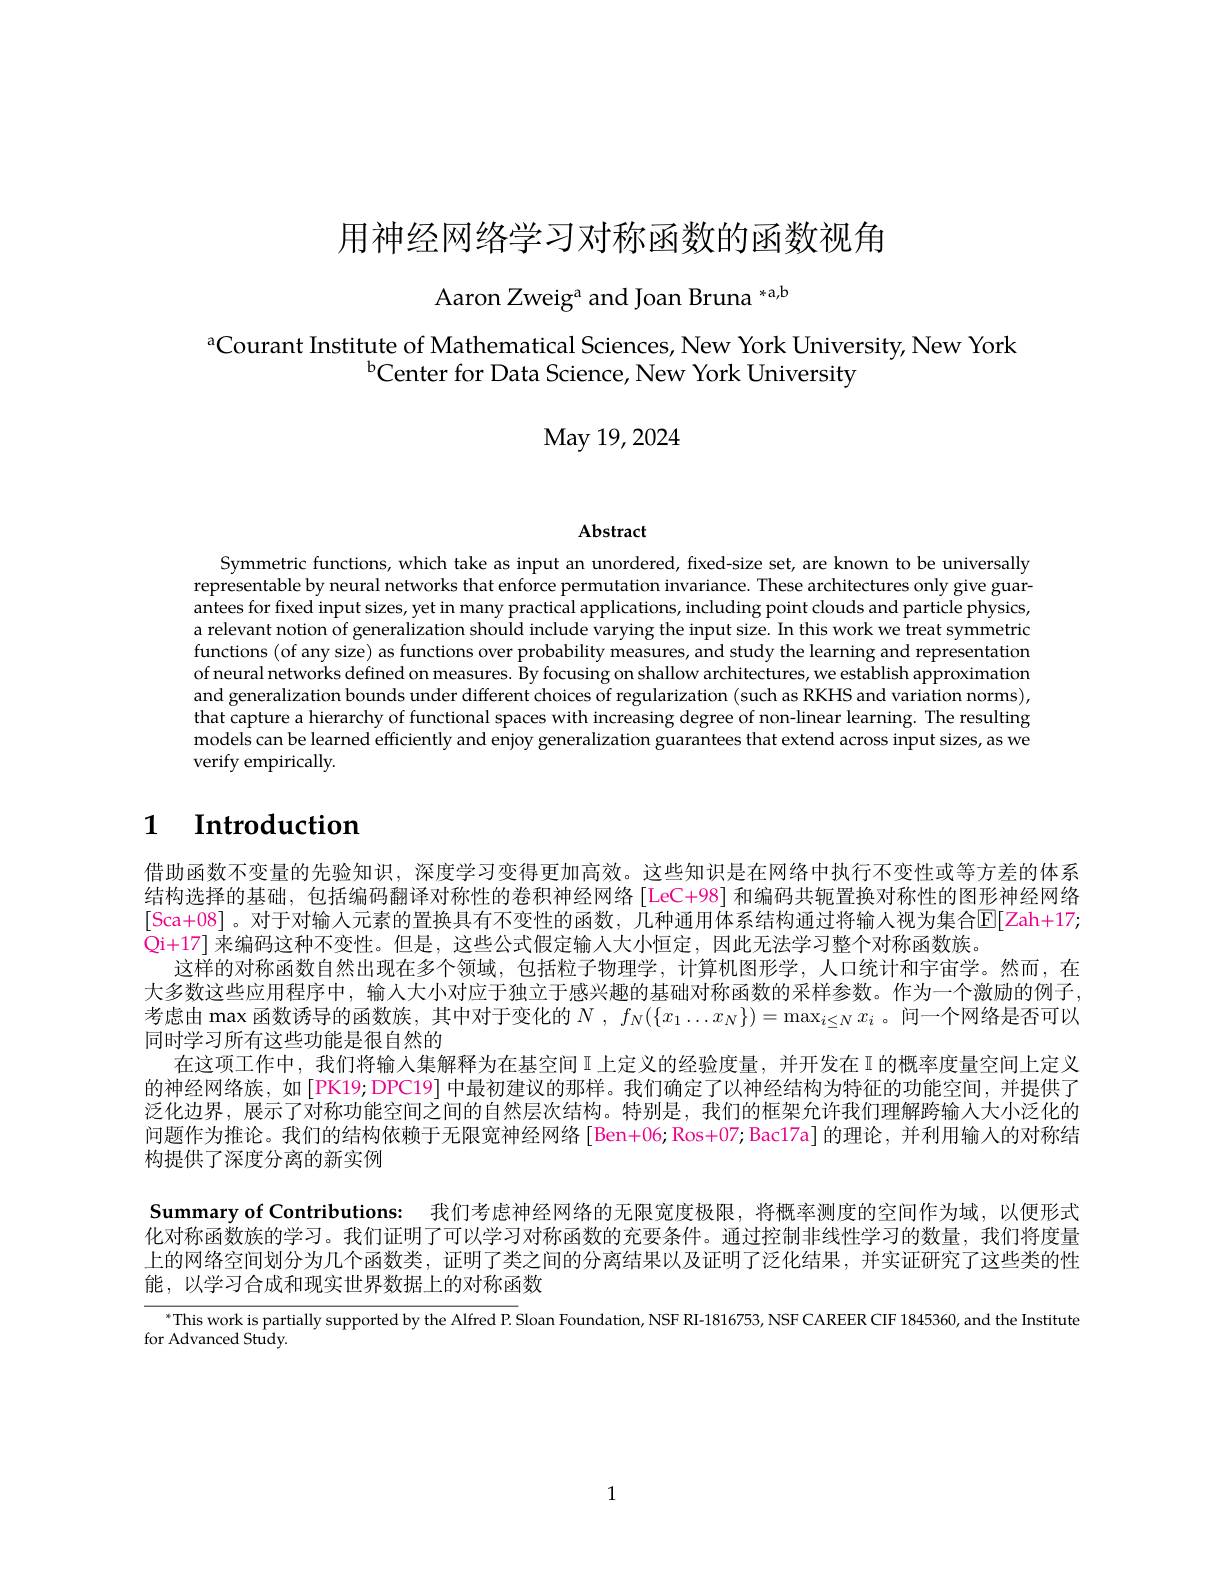
用神经网络学习对称函数的函数视角

Aaron Zweiga and Joan Bruna *a,b

aCourant Institute of Mathematical Sciences, New York University, New York
$^{\mathrm{b}}$Center for Data Science, New York University

May 19, 2024

Abstract

Symmetric functions, which take as input an unordered, fixed-size set, are known to be universally representable by neural networks that enforce permutation invariance. These architectures only give guarantees for fixed input sizes, yet in many practical applications, including point clouds and particle physics, a relevant notion of generalization should include varying the input size. In this work we treat symmetric functions (of any size) as functions over probability measures, and study the learning and representation of neural networks defined on measures. By focusing on shallow architectures, we establish approximation and generalization bounds under different choices of regularization (such as RKHS and variation norms), that capture a hierarchy of functional spaces with increasing degree of non-linear learning. The resulting $\dot{\text{models can be learned efficiently and enjoy generalization guarantees that extend across input sizes, as we}}$ verify empirically

## 1 $\textbf{Introduction}$

借助函数不变量的先验知识，深度学习变得更加高效。这些知识是在网络中执行不变性或等方差的体系结构选择的基础，包括编码翻译对称性的卷积神经网络[LeC+98] 和编码共轭置换对称性的图形神经网络[Sca+08]。对于对输入元素的置换具有不变性的函数，几种通用体系结构通过将输人视为集合E[Zah+17; $\bar{\mathrm{Qi+17]}}$来编码这种不变性。但是，这些公式假定输人大小恒定，因此无法学习整个对称函数族。
这样的对称函数自然出现在多个领域，包括粒子物理学，计算机图形学，人口统计和宇宙学。然而，在大多数这些应用程序中，输入大小对应于独立于感兴趣的基础对称函数的采样参数。作为一个激励的例子考虑由 max 函数诱导的函数族，其中对于变化的$N$ , $f_N(\{x_1\ldots x_N\})=\max_{i\leq N}x_i$ 。问一个网络是否可以同时学习所有这些功能是很自然的
在这项工作中，我们将输入集解释为在基空间 I 上定义的经验度量，并开发在 I 的概率度量空间上定义的神经网络族，如[PK19;DPC19] 中最初建议的那样。我们确定了以神经结构为特征的功能空间，并提供了泛化边界，展示了对称功能空间之间的自然层次结构。特别是，我们的框架允许我们理解跨输人大小泛化的问题作为推论。我们的结构依赖于无限宽神经网络[Ben+06;Ros+07;Bac17a]的理论，并利用输入的对称结构提供了深度分离的新实例
Summary of Contributions: 我们考虑神经网络的无限宽度极限，将概率测度的空间作为域，以便形式化对称函数族的学习。我们证明了可以学习对称函数的充要条件。通过控制非线性学习的数量，我们将度量

上的网络空间划分为几个函数类，证明了类之间的分离结果以及证明了泛化结果，并实证研究了这些类的性
能，以学习合成和现实世界数据上的对称函数

$^*$This work is partially supported by the Alfred P. Sloan Foundation, NSF RI-1816753, NSF CAREER CIF 1845360, and the Institute

for Advanced Study.

1